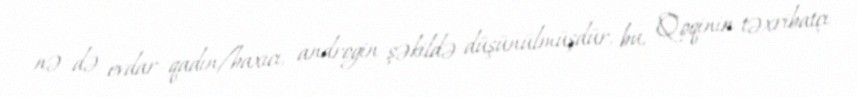
nə də evdar qadın/baxıcı, androgin şəkildə düşünülmüşdür, bu, Qoqinin təxribatçı